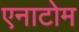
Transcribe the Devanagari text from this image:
एनाटोम